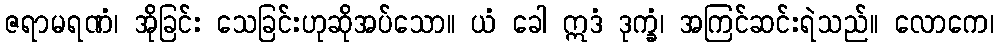
ဇရာမရဏံ၊ အိုခြင်း သေခြင်းဟုဆိုအပ်သော။ ယံ ခေါ ဣဒံ ဒုက္ခံ၊ အကြင်ဆင်းရဲသည်။ လောကေ၊